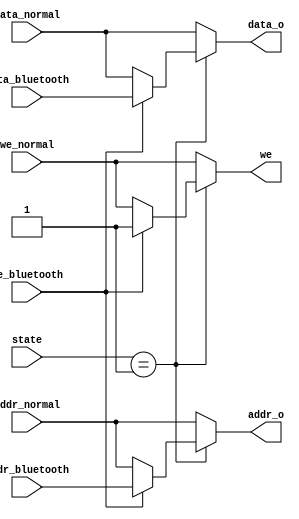
`timescale 1ns / 1ps
//////////////////////////////////////////////////////////////////////////////////
// Company: 
// Engineer: 
// 
// Design Name: 
// Module Name: Bluetooth_Priority
// Project Name: 
// Target Devices: 
// Tool Versions: 
// Description: 
// 
// Dependencies: 
// 
// Revision:
// Revision 0.01 - File Created
// Additional Comments:
// 
//////////////////////////////////////////////////////////////////////////////////


module Bluetooth_WPriority(
    input [31:0]addr_bluetooth,addr_normal,
    input [31:0]data_bluetooth,data_normal,
    input we_bluetooth,we_normal,
    input [2:0]state,
    output reg we,
    output reg [31:0]data_o,
    output reg [31:0]addr_o
    );
    parameter II=3'b001;
    always @ (*)
    begin
        if (state == II)
        begin
            if (we_bluetooth)
            begin
                we=1;
                data_o=data_bluetooth;
                addr_o=addr_bluetooth;
            end
            else 
            begin
                we=we_normal;
                data_o=data_normal;
                addr_o=addr_normal;
            end
        end
        else
        begin
            we=we_normal;
            data_o=data_normal;
            addr_o=addr_normal;
        end
    end

    
endmodule